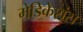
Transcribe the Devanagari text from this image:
मेडिकेशंस